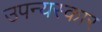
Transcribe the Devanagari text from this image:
उपन्यस्कार